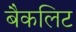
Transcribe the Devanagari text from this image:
बैकलिट